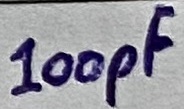
Text: 100pF